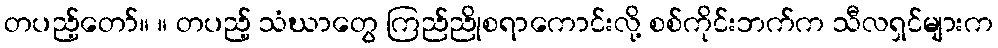
တပည့်တော်။ ။ တပည့် သံဃာတွေ ကြည်ညိုစရာကောင်းလို့ စစ်ကိုင်းဘက်က သီလရှင်များက